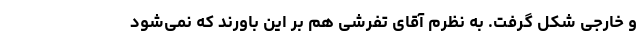
و خارجی شکل گرفت. به نظرم آقای تفرشی هم بر این باورند که نمی‌شود